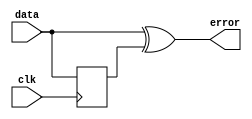
module error_detector (output error, input data, clk);
    reg q;

    always @(posedge clk) begin
        q <= data;
    end 

    assign error = data ^ q;
endmodule